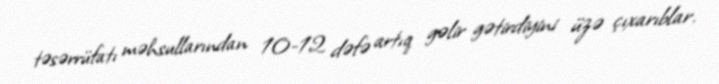
təsərrüfatı məhsullarından 10-12 dəfə artıq gəlir gətirdiyini üzə çıxarıblar.